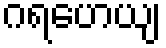
ဂရဟေယျ